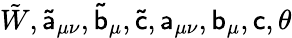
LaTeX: {\tilde{W}},\mathsf{\tilde{a}}_{\mu\nu},\mathsf{\tilde{b}}_{\mu},\mathsf{\tilde{c}},\mathsf{a}_{\mu\nu},\mathsf{b}_{\mu},\mathsf{c},\theta